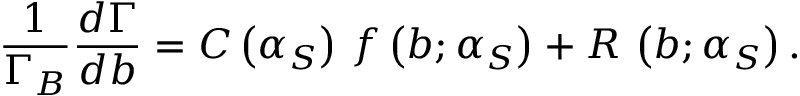
\frac { 1 } { \Gamma _ { B } } \frac { d \Gamma } { d b } = C \left( \alpha _ { S } \right) \, f \left( b ; \alpha _ { S } \right) + R \, \left( b ; \alpha _ { S } \right) .